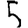
Digit: 5